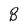
Character: B